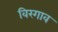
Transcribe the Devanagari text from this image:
विरगाव